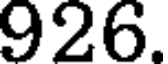
926.